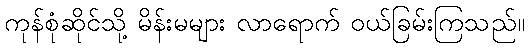
ကုန်စုံဆိုင်သို့ မိန်းမများ လာရောက် ဝယ်ခြမ်းကြသည်။